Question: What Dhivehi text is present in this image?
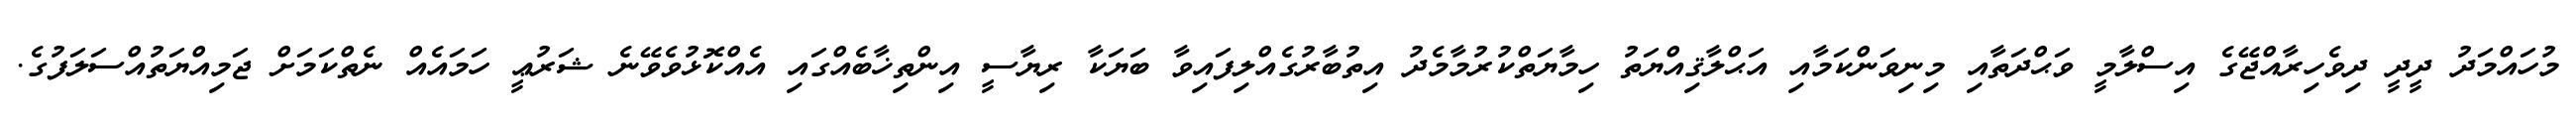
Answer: މުހައްމަދު ދީދީ ދިވެހިރާއްޖޭގެ އިސްލާމީ ވަޙްދަތާއި މިނިވަންކަމާއި އަޙްލާޤިއްޔަތު ހިމާޔަތްކުރުމާމެދު އިތުބާރުގެއްލިފައިވާ ބަޔަކާ ރިޔާސީ އިންތިޚާބެއްގައި އެއްކޮޅުވެވޭނެ ޝަރުޢީ ހަމައެއް ނެތްކަމަށް ޖަމިއްޔަތުއްސަލަފުގެ.